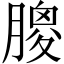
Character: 𦟣